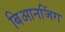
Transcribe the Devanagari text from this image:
बिआनजिंग